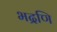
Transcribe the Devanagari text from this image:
भद्रणि